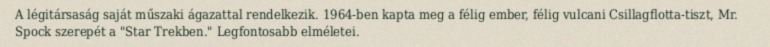
A légitársaság saját műszaki ágazattal rendelkezik. 1964-ben kapta meg a félig ember, félig vulcani Csillagflotta-tiszt, Mr. Spock szerepét a "Star Trekben." Legfontosabb elméletei.